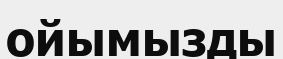
ойымызды